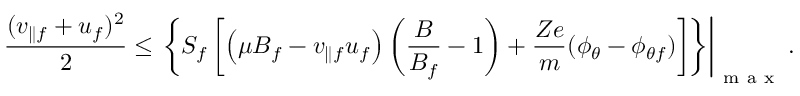
\frac { ( v _ { \parallel f } + u _ { f } ) ^ { 2 } } { 2 } \leq \left. \left\lbrace S _ { f } \left[ \left( \mu B _ { f } - v _ { \parallel f } u _ { f } \right) \left( \frac { B } { B _ { f } } - 1 \right) + \frac { Z e } { m } ( \phi _ { \theta } - \phi _ { \theta f } ) \right] \right\rbrace \right\rvert _ { \mathrm { ~ m ~ a ~ x ~ } } .